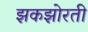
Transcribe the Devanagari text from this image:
झकझोरती